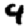
Digit: 9